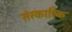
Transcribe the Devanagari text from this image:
संस्कारिक